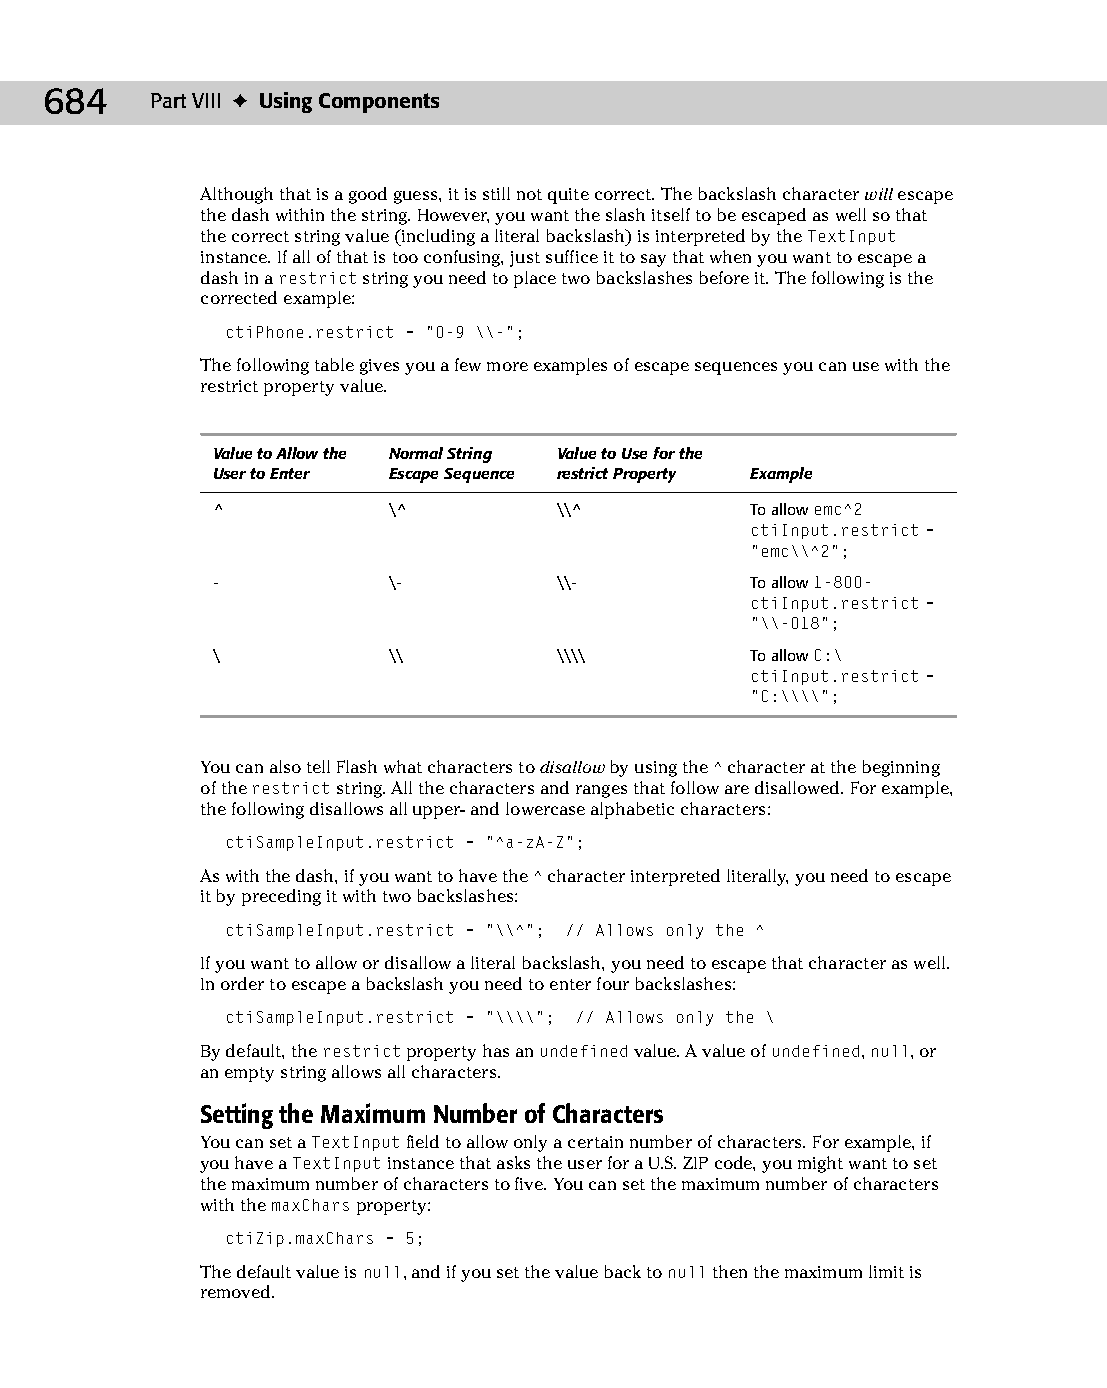
37 543547 ch28.qxd 3/24/04 4:08 PM Page 684
 684    Part VIII ✦ Using Components
 Although that is a good guess, it is still not quite correct. The backslash character will escape
 the dash within the string. However, you want the slash itself to be escaped as well so that
 the correct string value (including a literal backslash) is interpreted by the TextInput
 instance. If all of that is too confusing, just suffice it to say that when you want to escape a
 dash in a restrict string you need to place two backslashes before it. The following is the
 corrected example:
 ctiPhone.restrict = “0-9 \\-”;
 The following table gives you a few more examples of escape sequences you can use with the
 restrict property value.
 Value to Allow the Normal String Value to Use for the
 User to Enter Escape Sequence restrict Property Example
 ^           \^         \\^          To allow emc^2
 ctiInput.restrict =
 “emc\\^2”;
 -           \­         \\­          To allow 1-800-
 ctiInput.restrict =
 “\\-018”;
 \           \\         \\\\         To allow C:\
 ctiInput.restrict =
 “C:\\\\”;
 You can also tell Flash what characters to disallow by using the ^ character at the beginning
 of the restrict string. All the characters and ranges that follow are disallowed. For example,
 the following disallows all upper- and lowercase alphabetic characters:
 ctiSampleInput.restrict = “^a-zA-Z”;
 As with the dash, if you want to have the ^ character interpreted literally, you need to escape
 it by preceding it with two backslashes:
 ctiSampleInput.restrict = “\\^”; // Allows only the ^
 If you want to allow or disallow a literal backslash, you need to escape that character as well.
 In order to escape a backslash you need to enter four backslashes:
 ctiSampleInput.restrict = “\\\\”; // Allows only the \
 By default, the restrict property has an undefined value. A value of undefined, null, or
 an empty string allows all characters.
 Setting the Maximum Number of Characters
 You can set a TextInput field to allow only a certain number of characters. For example, if
 you have a TextInput instance that asks the user for a U.S. ZIP code, you might want to set
 the maximum number of characters to five. You can set the maximum number of characters
 with the maxChars property:
 ctiZip.maxChars = 5;
 The default value is null, and if you set the value back to null then the maximum limit is
 removed.